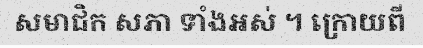
សមាជិក សភា ទាំងអស់ ។ ក្រោយពី